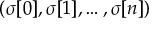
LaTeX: ( \sigma [ 0 ] , \sigma [ 1 ] , \dots , \sigma [ n ] )